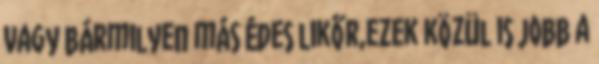
vagy bármilyen más édes likőr,ezek közül is jobb a